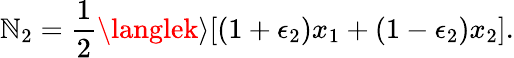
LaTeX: \mathbb{N}_{2}=\frac{{1}}{{2}}\langlek\rangle[(1+\epsilon_{2})x_{1}+(1-\epsilon_{2})x_{2}].